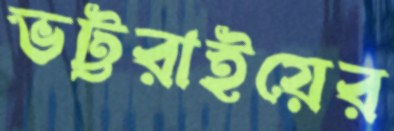
ভট্টরাইয়ের